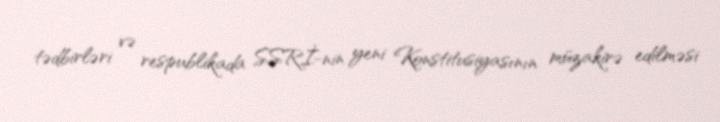
tədbirləri və respublikada SSRİ-nin yeni Konstitusiyasının müzakirə edilməsi